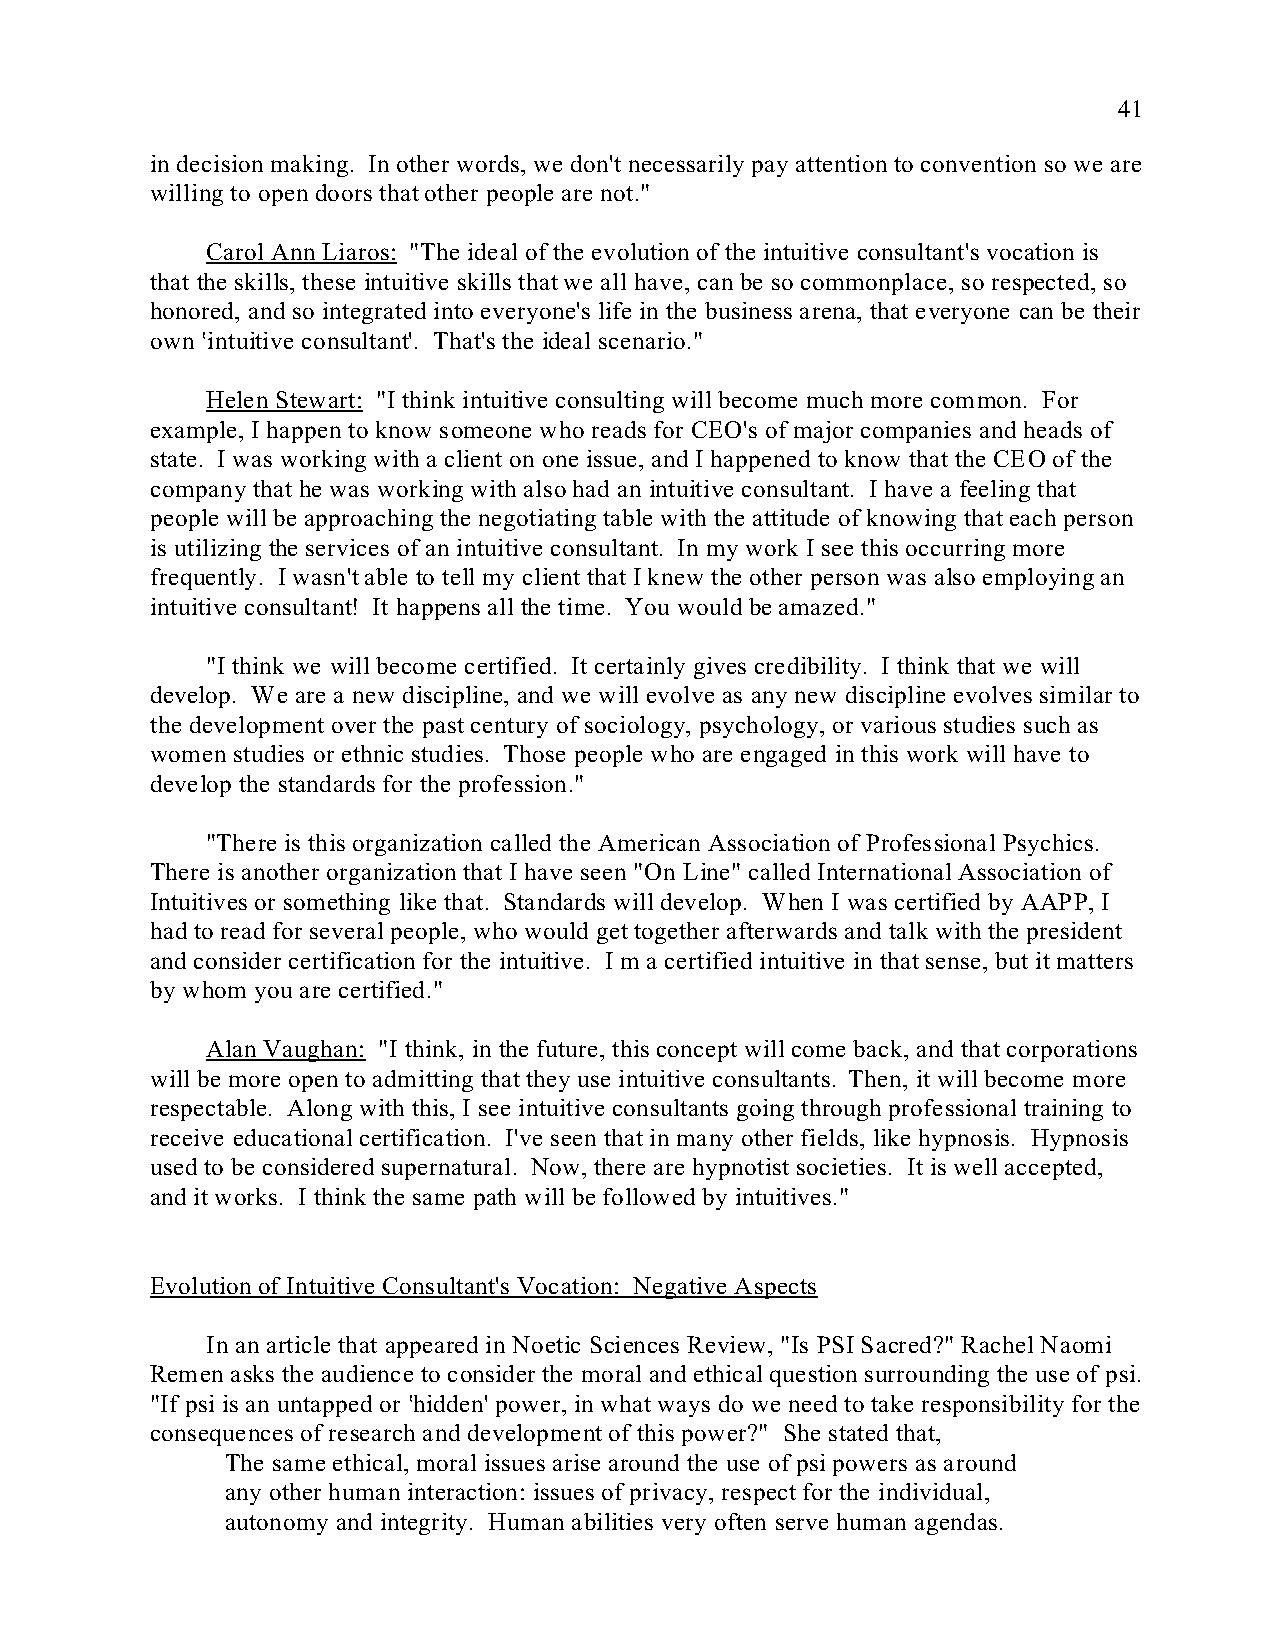
41
 in decision making. In other words, we don't necessarily pay attention to convention so we are
 willing to open doors that other people are not."
 Carol Ann Liaros: "The ideal of the evolution of the intuitive consultant's vocation is
 that the skills, these intuitive skills that we all have, can be so commonplace, so respected, so
 honored, and so integrated into everyone's life in the business arena, that everyone can be their
 own <intuitive consultant'. That's the ideal scenario."
 Helen Stewart: "I think intuitive consulting will become much more common. For
 example, I happen to know someone who reads for CEO's of major companies and heads of
 state. I was working with a client on one issue, and I happened to know that the CEO of the
 company that he was working with also had an intuitive consultant. I have a feeling that
 people will be approaching the negotiating table with the attitude of knowing that each person
 is utilizing the services of an intuitive consultant. In my work I see this occurring more
 frequently. I wasn't able to tell my client that I knew the other person was also employing an
 intuitive consultant! It happens all the time. You would be amazed."
 "I think we will become certified. It certainly gives credibility. I think that we will
 develop. We are a new discipline, and we will evolve as any new discipline evolves similar to
 the development over the past century of sociology, psychology, or various studies such as
 women studies or ethnic studies. Those people who are engaged in this work will have to
 develop the standards for the profession."
 "There is this organization called the American Association of Professional Psychics.
 There is another organization that I have seen "On Line" called International Association of
 Intuitives or something like that. Standards will develop. When I was certified by AAPP, I
 had to read for several people, who would get together afterwards and talk with the president
 and consider certification for the intuitive. I m a certified intuitive in that sense, but it matters
 by whom you are certified."
 Alan Vaughan: "I think, in the future, this concept will come back, and that corporations
 will be more open to admitting that they use intuitive consultants. Then, it will become more
 respectable. Along with this, I see intuitive consultants going through professional training to
 receive educational certification. I've seen that in many other fields, like hypnosis. Hypnosis
 used to be considered supernatural. Now, there are hypnotist societies. It is well accepted,
 and it works. I think the same path will be followed by intuitives."
 Evolution of Intuitive Consultant's Vocation: Negative Aspects
 In an article that appeared in Noetic Sciences Review, "Is PSI Sacred?" Rachel Naomi
 Remen asks the audience to consider the moral and ethical question surrounding the use of psi.
 "If psi is an untapped or <hidden' power, in what ways do we need to take responsibility for the
 consequences of research and development of this power?" She stated that,
 The same ethical, moral issues arise around the use of psi powers as around
 any other human interaction: issues of privacy, respect for the individual,
 autonomy and integrity. Human abilities very often serve human agendas.